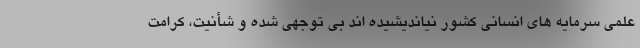
علمی سرمایه های انسانی کشور نیاندیشیده اند بی توجهی شده و شأنیت، کرامت